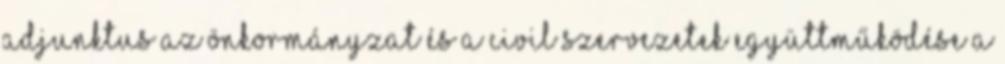
adjunktus Az önkormányzat és a civil szervezetek együttműködése a